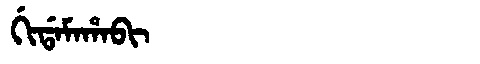
Manchu: ᡤᡳᡩᠠᠮᠠᡥᠠᠪᡳ
Romanization: GIDAMAHABI